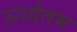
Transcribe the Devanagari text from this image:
ऊर्ध्वतम